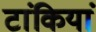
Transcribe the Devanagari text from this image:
टांकियां